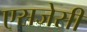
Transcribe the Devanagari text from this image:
एसजेसी